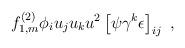
LaTeX: \begin{align*}f^{(2)}_{1,m} \phi_i u_j u_k u^2 \left[ \psi \gamma^k \epsilon \right]_{ij} \ , \end{align*}